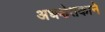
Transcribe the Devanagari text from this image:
अधश्चेतकाने